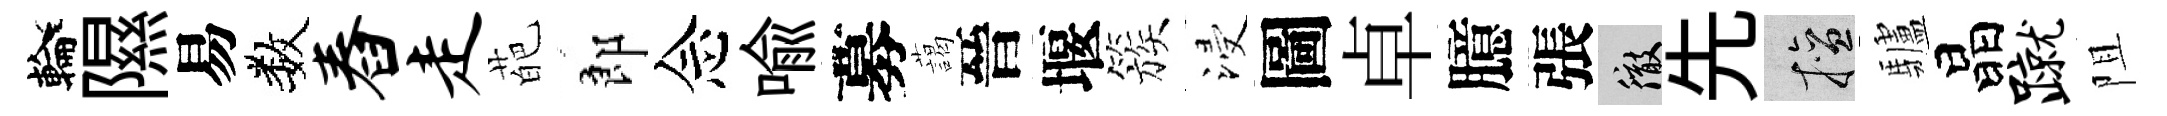
輪隰易数舂走葩郎念喩募藹晉堰簇浸圖卓臆張徹先擅驢晶蹴阻